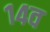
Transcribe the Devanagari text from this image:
१४व